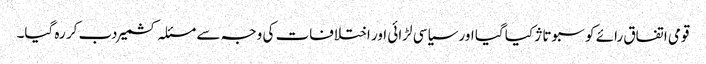
قومی اتفاق رائے کو سبوتاژ کیا گیا اور سیاسی لڑائی اور اختلافات کی وجہ سے مسئلہ کشمیر دب کر رہ گیا۔